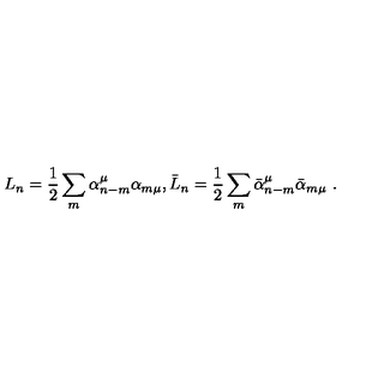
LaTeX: L _ { n } = \frac { 1 } { 2 } \sum _ { m } \alpha _ { n - m } ^ { \mu } \alpha _ { m \mu } , \bar { L } _ { n } = \frac { 1 } { 2 } \sum _ { m } \bar { \alpha } _ { n - m } ^ { \mu } \bar { \alpha } _ { m \mu } \ .